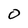
Character: 0